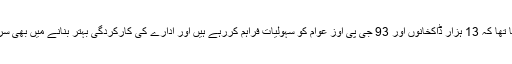
ان کا کہنا تھا کہ 13 ہزار ڈاکخانوں اور 93 جی پی اوز عوام کو سہولیات فراہم کررہے ہیں اور ادارے کی کارکردگی بہتر بنانے میں بھی سرگرم ہیں۔